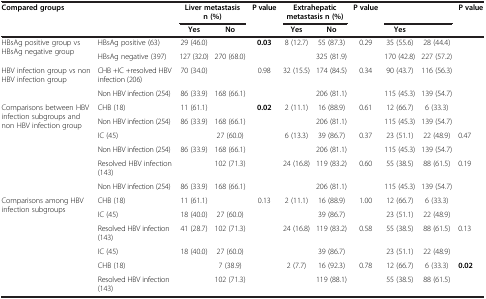
<table><thead><tr><td colspan="2" rowspan="2"><b>Compared groups</b></td><td colspan="2"><b>Liver metastasis n (%)</b></td><td rowspan="2"><b>P value</b></td><td colspan="2"><b>Extrahepatic metastasis n (%)</b></td><td rowspan="2"><b>P value</b></td><td colspan="2">[EMPTY_CELL]</td><td rowspan="2"><b>P value</b></td></tr><tr><td><b>Yes</b></td><td><b>No</b></td><td><b>Yes</b></td><td><b>No</b></td><td><b>Yes</b></td><td>[EMPTY_CELL]</td></tr></thead><tbody><tr><td rowspan="2">HBsAg positive group vs HBsAg negative group</td><td>HBsAg positive (63)</td><td>29 (46.0)</td><td>[EMPTY_CELL]</td><td rowspan="2"><b>0.03</b></td><td>8 (12.7)</td><td>55 (87.3)</td><td rowspan="2">0.29</td><td>35 (55.6)</td><td>28 (44.4)</td><td rowspan="2">[EMPTY_CELL]</td></tr><tr><td>HBsAg negative (397)</td><td>127 (32.0)</td><td>270 (68.0)</td><td>[EMPTY_CELL]</td><td>325 (81.9)</td><td>170 (42.8)</td><td>227 (57.2)</td></tr><tr><td rowspan="2">HBV infection group vs non HBV infection group</td><td>CHB +IC +resolved HBV infection (206)</td><td>70 (34.0)</td><td>[EMPTY_CELL]</td><td rowspan="2">0.98</td><td>32 (15.5)</td><td>174 (84.5)</td><td rowspan="2">0.34</td><td>90 (43.7)</td><td>116 (56.3)</td><td rowspan="2">[EMPTY_CELL]</td></tr><tr><td>Non HBV infection (254)</td><td>86 (33.9)</td><td>168 (66.1)</td><td>[EMPTY_CELL]</td><td>206 (81.1)</td><td>115 (45.3)</td><td>139 (54.7)</td></tr><tr><td rowspan="6">Comparisons between HBV infection subgroups and non HBV infection group</td><td>CHB (18)</td><td>11 (61.1)</td><td>[EMPTY_CELL]</td><td rowspan="2"><b>0.02</b></td><td>2 (11.1)</td><td>16 (88.9)</td><td rowspan="2">0.61</td><td>12 (66.7)</td><td>6 (33.3)</td><td rowspan="2">[EMPTY_CELL]</td></tr><tr><td>Non HBV infection (254)</td><td>86 (33.9)</td><td>168 (66.1)</td><td>[EMPTY_CELL]</td><td>206 (81.1)</td><td>115 (45.3)</td><td>139 (54.7)</td></tr><tr><td>IC (45)</td><td>[EMPTY_CELL]</td><td>27 (60.0)</td><td rowspan="2">[EMPTY_CELL]</td><td>6 (13.3)</td><td>39 (86.7)</td><td rowspan="2">0.37</td><td>23 (51.1)</td><td>22 (48.9)</td><td rowspan="2">0.47</td></tr><tr><td>Non HBV infection (254)</td><td>86 (33.9)</td><td>168 (66.1)</td><td>[EMPTY_CELL]</td><td>206 (81.1)</td><td>115 (45.3)</td><td>139 (54.7)</td></tr><tr><td>Resolved HBV infection (143)</td><td>[EMPTY_CELL]</td><td>102 (71.3)</td><td rowspan="2">[EMPTY_CELL]</td><td>24 (16.8)</td><td>119 (83.2)</td><td rowspan="2">0.60</td><td>55 (38.5)</td><td>88 (61.5)</td><td rowspan="2">0.19</td></tr><tr><td>Non HBV infection (254)</td><td>86 (33.9)</td><td>168 (66.1)</td><td>[EMPTY_CELL]</td><td>206 (81.1)</td><td>115 (45.3)</td><td>139 (54.7)</td></tr><tr><td rowspan="6">Comparisons among HBV infection subgroups</td><td>CHB (18)</td><td>11 (61.1)</td><td>[EMPTY_CELL]</td><td rowspan="2">0.13</td><td>2 (11.1)</td><td>16 (88.9)</td><td rowspan="2">1.00</td><td>12 (66.7)</td><td>6 (33.3)</td><td rowspan="2">[EMPTY_CELL]</td></tr><tr><td>IC (45)</td><td>18 (40.0)</td><td>27 (60.0)</td><td>[EMPTY_CELL]</td><td>39 (86.7)</td><td>23 (51.1)</td><td>22 (48.9)</td></tr><tr><td>Resolved HBV infection (143)</td><td>41 (28.7)</td><td>102 (71.3)</td><td rowspan="2">[EMPTY_CELL]</td><td>24 (16.8)</td><td>119 (83.2)</td><td rowspan="2">0.58</td><td>55 (38.5)</td><td>88 (61.5)</td><td rowspan="2">0.13</td></tr><tr><td>IC (45)</td><td>18 (40.0)</td><td>27 (60.0)</td><td>[EMPTY_CELL]</td><td>39 (86.7)</td><td>23 (51.1)</td><td>22 (48.9)</td></tr><tr><td>CHB (18)</td><td>[EMPTY_CELL]</td><td>7 (38.9)</td><td rowspan="2">[EMPTY_CELL]</td><td>2 (7.7)</td><td>16 (92.3)</td><td rowspan="2">0.78</td><td>12 (66.7)</td><td>6 (33.3)</td><td rowspan="2"><b>0.02</b></td></tr><tr><td>Resolved HBV infection (143)</td><td>[EMPTY_CELL]</td><td>102 (71.3)</td><td>[EMPTY_CELL]</td><td>119 (88.1)</td><td>55 (38.5)</td><td>88 (61.5)</td></tr></tbody></table>